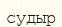
судыр